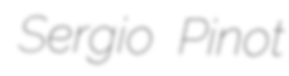
Sergio Pinot